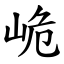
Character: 峗